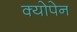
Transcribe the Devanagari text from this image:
क्योपेन